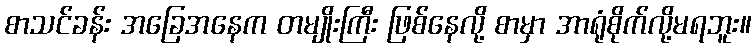
စာသင်ခန်း အခြေအနေက တမျိုးကြီး ဖြစ်နေလို့ စာမှာ အာရုံစိုက်လို့မရဘူး။